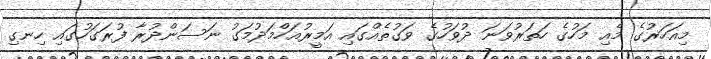
މިއަހަރުގެ މެއި މަހުގެ ހަތަރުވަނަ ދުވަހުގެ ވަގުތެއްގައި އަމީރުއަހްމަދުމަގު ނަސަންދުރާ ފުރަގަހުގައި ހިނގި